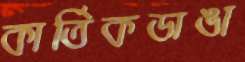
কার্তিকডাঙা